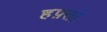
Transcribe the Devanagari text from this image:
हफ़्तो